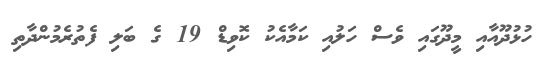
ހުޅުދޫއާއި މީދޫގައި ވެސް ހަލުއި ކަމާއެކު ކޮވިޑް 19 ގެ ބަލި ފެތުރެމުންދާތި